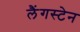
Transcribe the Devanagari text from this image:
लैंगस्टेन